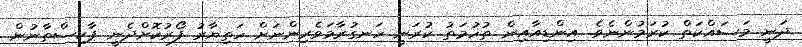
ދަނީ މަސައްކަތް ކުރަމުންނެވެ. އިންޑިއާއިން ތުހުމަތު ކުރަނީ ހަނގުރާމަވެރިންނަށް ހަތިޔާރު ފޯރުކޮށްދެނީ ޕާކިސްތާނުން